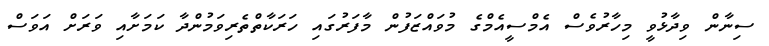
ސިނާން ވިދާޅުވީ މިހާރުވެސް އެމްސީއެމްގެ މުވައްޒަފުން މާފަރުގައި ހަރަކާތްތެރިވަމުންދާ ކަމަށާއި ވަރަށް އަވަސް